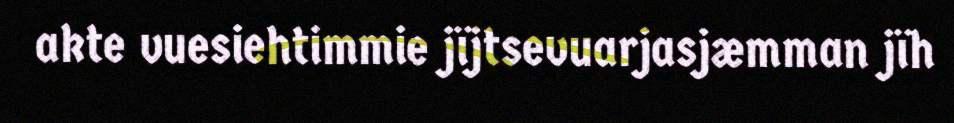
akte vuesiehtimmie jïjtsevuarjasjæmman jïh